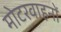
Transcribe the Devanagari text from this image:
मोटरवाहनों